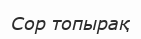
Сор топырақ